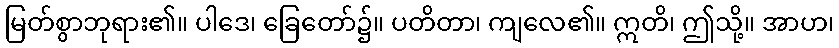
မြတ်စွာဘုရား၏။ ပါဒေ၊ ခြေတော်၌။ ပတိတာ၊ ကျလေ၏။ ဣတိ၊ ဤသို့။ အာဟ၊